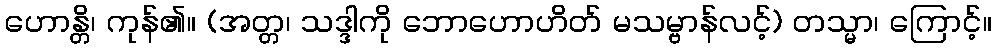
ဟောန္တိ၊ ကုန်၏။ (အတ္တ၊ သဒ္ဒါကို ဘောဟောဟိတ် မသမ္ဗာန်လင့်) တသ္မာ၊ ကြောင့်။